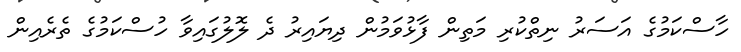
ހާސްކަމުގެ އަސަރު ނިތްކުރި މަތިން ފާޅުވަމުން ދިޔައިރު ދެ ލޮލުގައިވާ ހުސްކަމުގެ ތެރެއިން